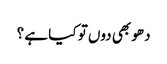
دھو بھی دوں تو کیا ہے ؟